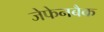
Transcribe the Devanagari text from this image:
जेफेनबैक